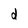
Character: d